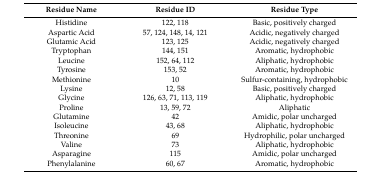
| Residue Name | Residue ID | Residue Type |
 | --- | --- | --- |
 | Histidine | 122, 118 | Basic, positively charged |
 | Aspartic Acid | 57, 124, 148, 14, 121 | Acidic, negatively charged |
 | Glutamic Acid | 123, 125 | Acidic, negatively charged |
 | Tryptophan | 144, 151 | Aromatic, hydrophobic |
 | Leucine | 152, 64, 112 | Aliphatic, hydrophobic |
 | Tyrosine | 153, 52 | Aromatic, hydrophobic |
 | Methionine | 10 | Sulfur-containing, hydrophobic |
 | Lysine | 12, 58 | Basic, positively charged |
 | Glycine | 126, 63, 71, 113, 119 | Aliphatic, hydrophobic |
 | Proline | 13, 59, 72 | Aliphatic |
 | Glutamine | 42 | Amidic, polar uncharged |
 | Isoleucine | 43, 68 | Aliphatic, hydrophobic |
 | Threonine | 69 | Hydrophilic, polar uncharged |
 | Valine | 73 | Aliphatic, hydrophobic |
 | Asparagine | 115 | Amidic, polar uncharged |
 | Phenylalanine | 60, 67 | Aromatic, hydrophobic |